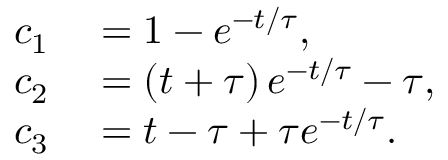
\begin{array} { r l } { c _ { 1 } } & { { } = 1 - e ^ { - t / \tau } , } \\ { c _ { 2 } } & { { } = \left( t + \tau \right) e ^ { - t / \tau } - \tau , } \\ { c _ { 3 } } & { { } = t - \tau + \tau e ^ { - t / \tau } . } \end{array}